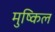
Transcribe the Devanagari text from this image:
मुष्किल